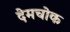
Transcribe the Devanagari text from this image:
देमचोक